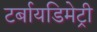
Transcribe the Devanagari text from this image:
टर्बायडिमेट्री